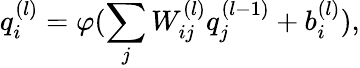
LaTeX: {q}_{i}^{(l)}=\varphi(\sum_{j}{W}_{ij}^{(l)}{q}_{j}^{(l-1)}+b_{i}^{(l)}),